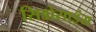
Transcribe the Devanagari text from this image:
सिडोसाइंस